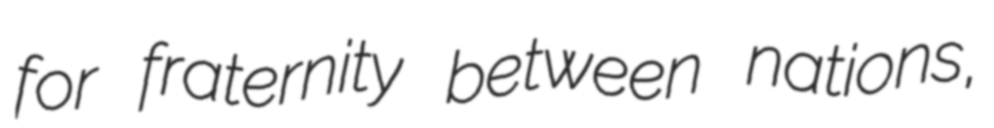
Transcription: for fraternity between nations,